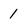
Character: 1